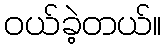
ဝယ်ခဲ့တယ်။